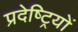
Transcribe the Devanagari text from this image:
प्रदेष्ट्रियों